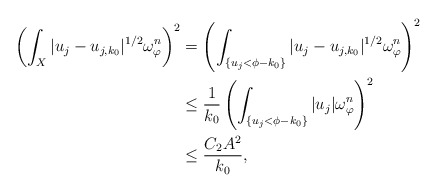
\begin{align*}\left(\int_X|u_j-u_{j, k_0}|^{1/2}\omega_{\varphi}^n\right)^2&=\left(\int_{\{u_j<\phi-k_0\}}|u_j-u_{j, k_0}|^{1/2}\omega_{\varphi}^n\right)^2\\&\leq \dfrac{1}{k_0}\left(\int_{\{u_j<\phi-k_0\}}|u_j|\omega_{\varphi}^n\right)^2\\&\leq \dfrac{C_2A^2}{k_0},\end{align*}